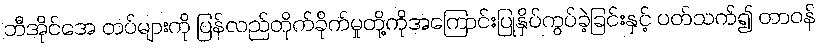
ဘီအိုင်အေ တပ်များကို ပြန်လည်တိုက်ခိုက်မှုတို့ကိုအကြောင်းပြုနှိပ်ကွပ်ခဲ့ခြင်းနှင့် ပတ်သက်၍ တာဝန်